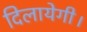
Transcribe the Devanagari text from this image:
दिलायेगी।